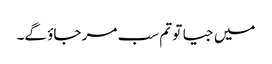
میں جیا تو تم سب مر جاؤ گے۔